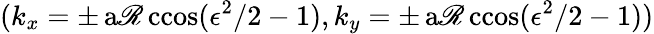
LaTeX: (k_{x}=\pm\operatorname{a\mathscr{R}ccos}(\epsilon^{2}/2-1),k_{y}=\pm\operatorname{a\mathscr{R}ccos}(\epsilon^{2}/2-1))